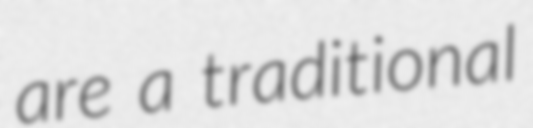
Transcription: are a traditional